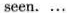
seen. ...